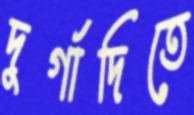
দুর্গাদিতে